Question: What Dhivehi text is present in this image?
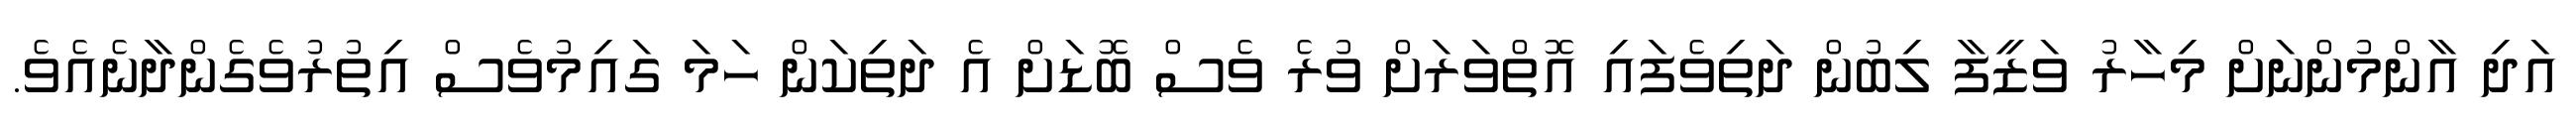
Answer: އަދި އާންމުންނަށް މިހާރު ވަޒީފާ ލިބުން ދަތިވެފައި އޮތްވަރަށް ވުރެ ވެސް ބޮޑަށް އެ ދަތިކަން ހަމަ ގައިމުވެސް އިތުރުވެގެންދާނެއެވެ.